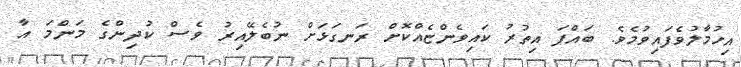
އިހުމާލުވެފައިވުމެވެ. ބައްޕަ އިތުރު ކައިވެންޏެއްކޮށް ރަނގަޅަށް ނުބެލޭއިރު ވެސް ކުދިންގެ މަންމަ އާ